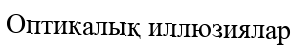
Оптикалық иллюзиялар